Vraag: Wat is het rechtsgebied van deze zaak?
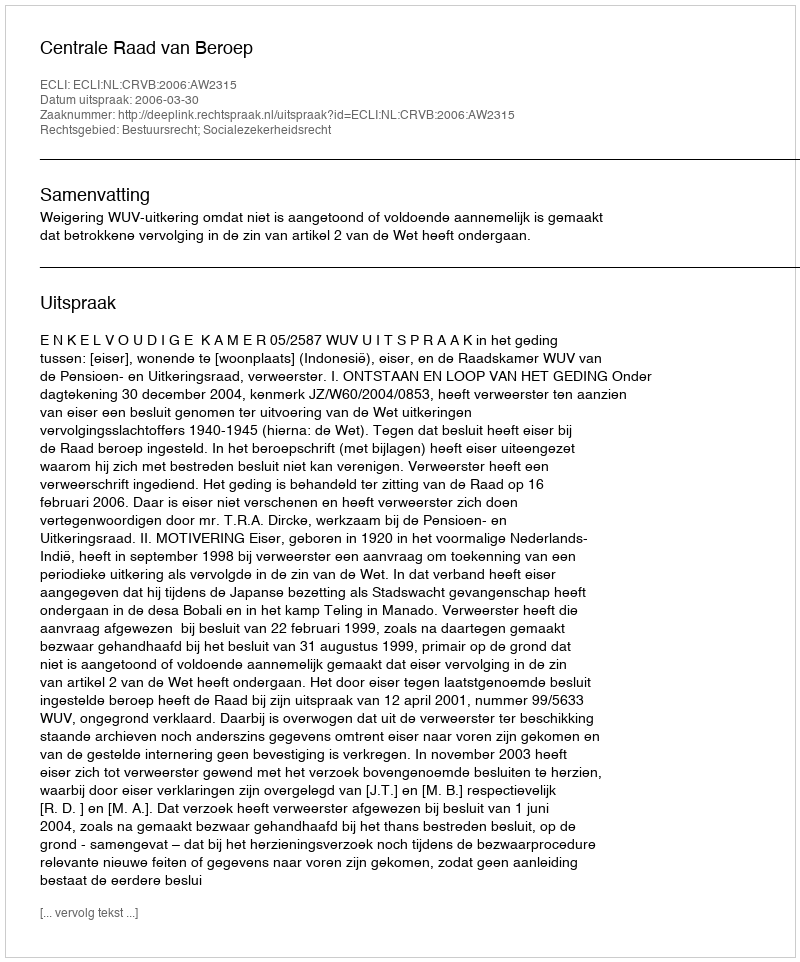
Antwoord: Bestuursrecht; Socialezekerheidsrecht